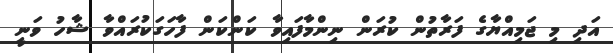
އަދި މި ޖަމިއްޔާގެ ފަރާތުން ކުރަން ނިންމާފައިވާ ކަންކަން ފާހަގަކުރައްވާ ޝާހު ވަނީ